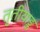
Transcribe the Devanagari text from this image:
तृतीयाङ्क